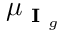
\mu _ { \textbf { I } _ { g } }